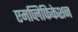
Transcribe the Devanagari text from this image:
एमप्लिफिकेशन